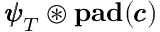
{ \pmb { \psi } } _ { T } \circledast \mathrm { \bf p a d } ( { \pmb { c } } )